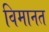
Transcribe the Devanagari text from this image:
विमानत